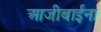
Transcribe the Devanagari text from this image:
आजीबाईंना